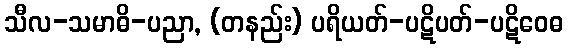
သီလ-သမာဓိ-ပညာ, (တနည်း) ပရိယတ်-ပဋိပတ်-ပဋိဝေဓ